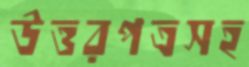
উত্তরপত্রসহ